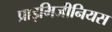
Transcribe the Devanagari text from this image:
प्राइमिजीनियस